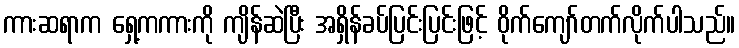
ကားဆရာက ရှေ့ကကားကို ကျိန်ဆဲပြီး အရှိန်ခပ်ပြင်းပြင်းဖြင့် ဝိုက်ကျော်တက်လိုက်ပါသည်။